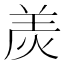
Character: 𤈩